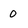
Character: 0